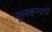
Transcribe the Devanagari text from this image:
मूलकणांचे